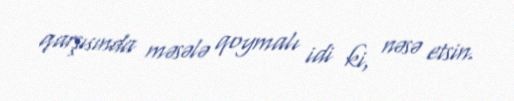
qarşısında məsələ qoymalı idi ki, nəsə etsin.